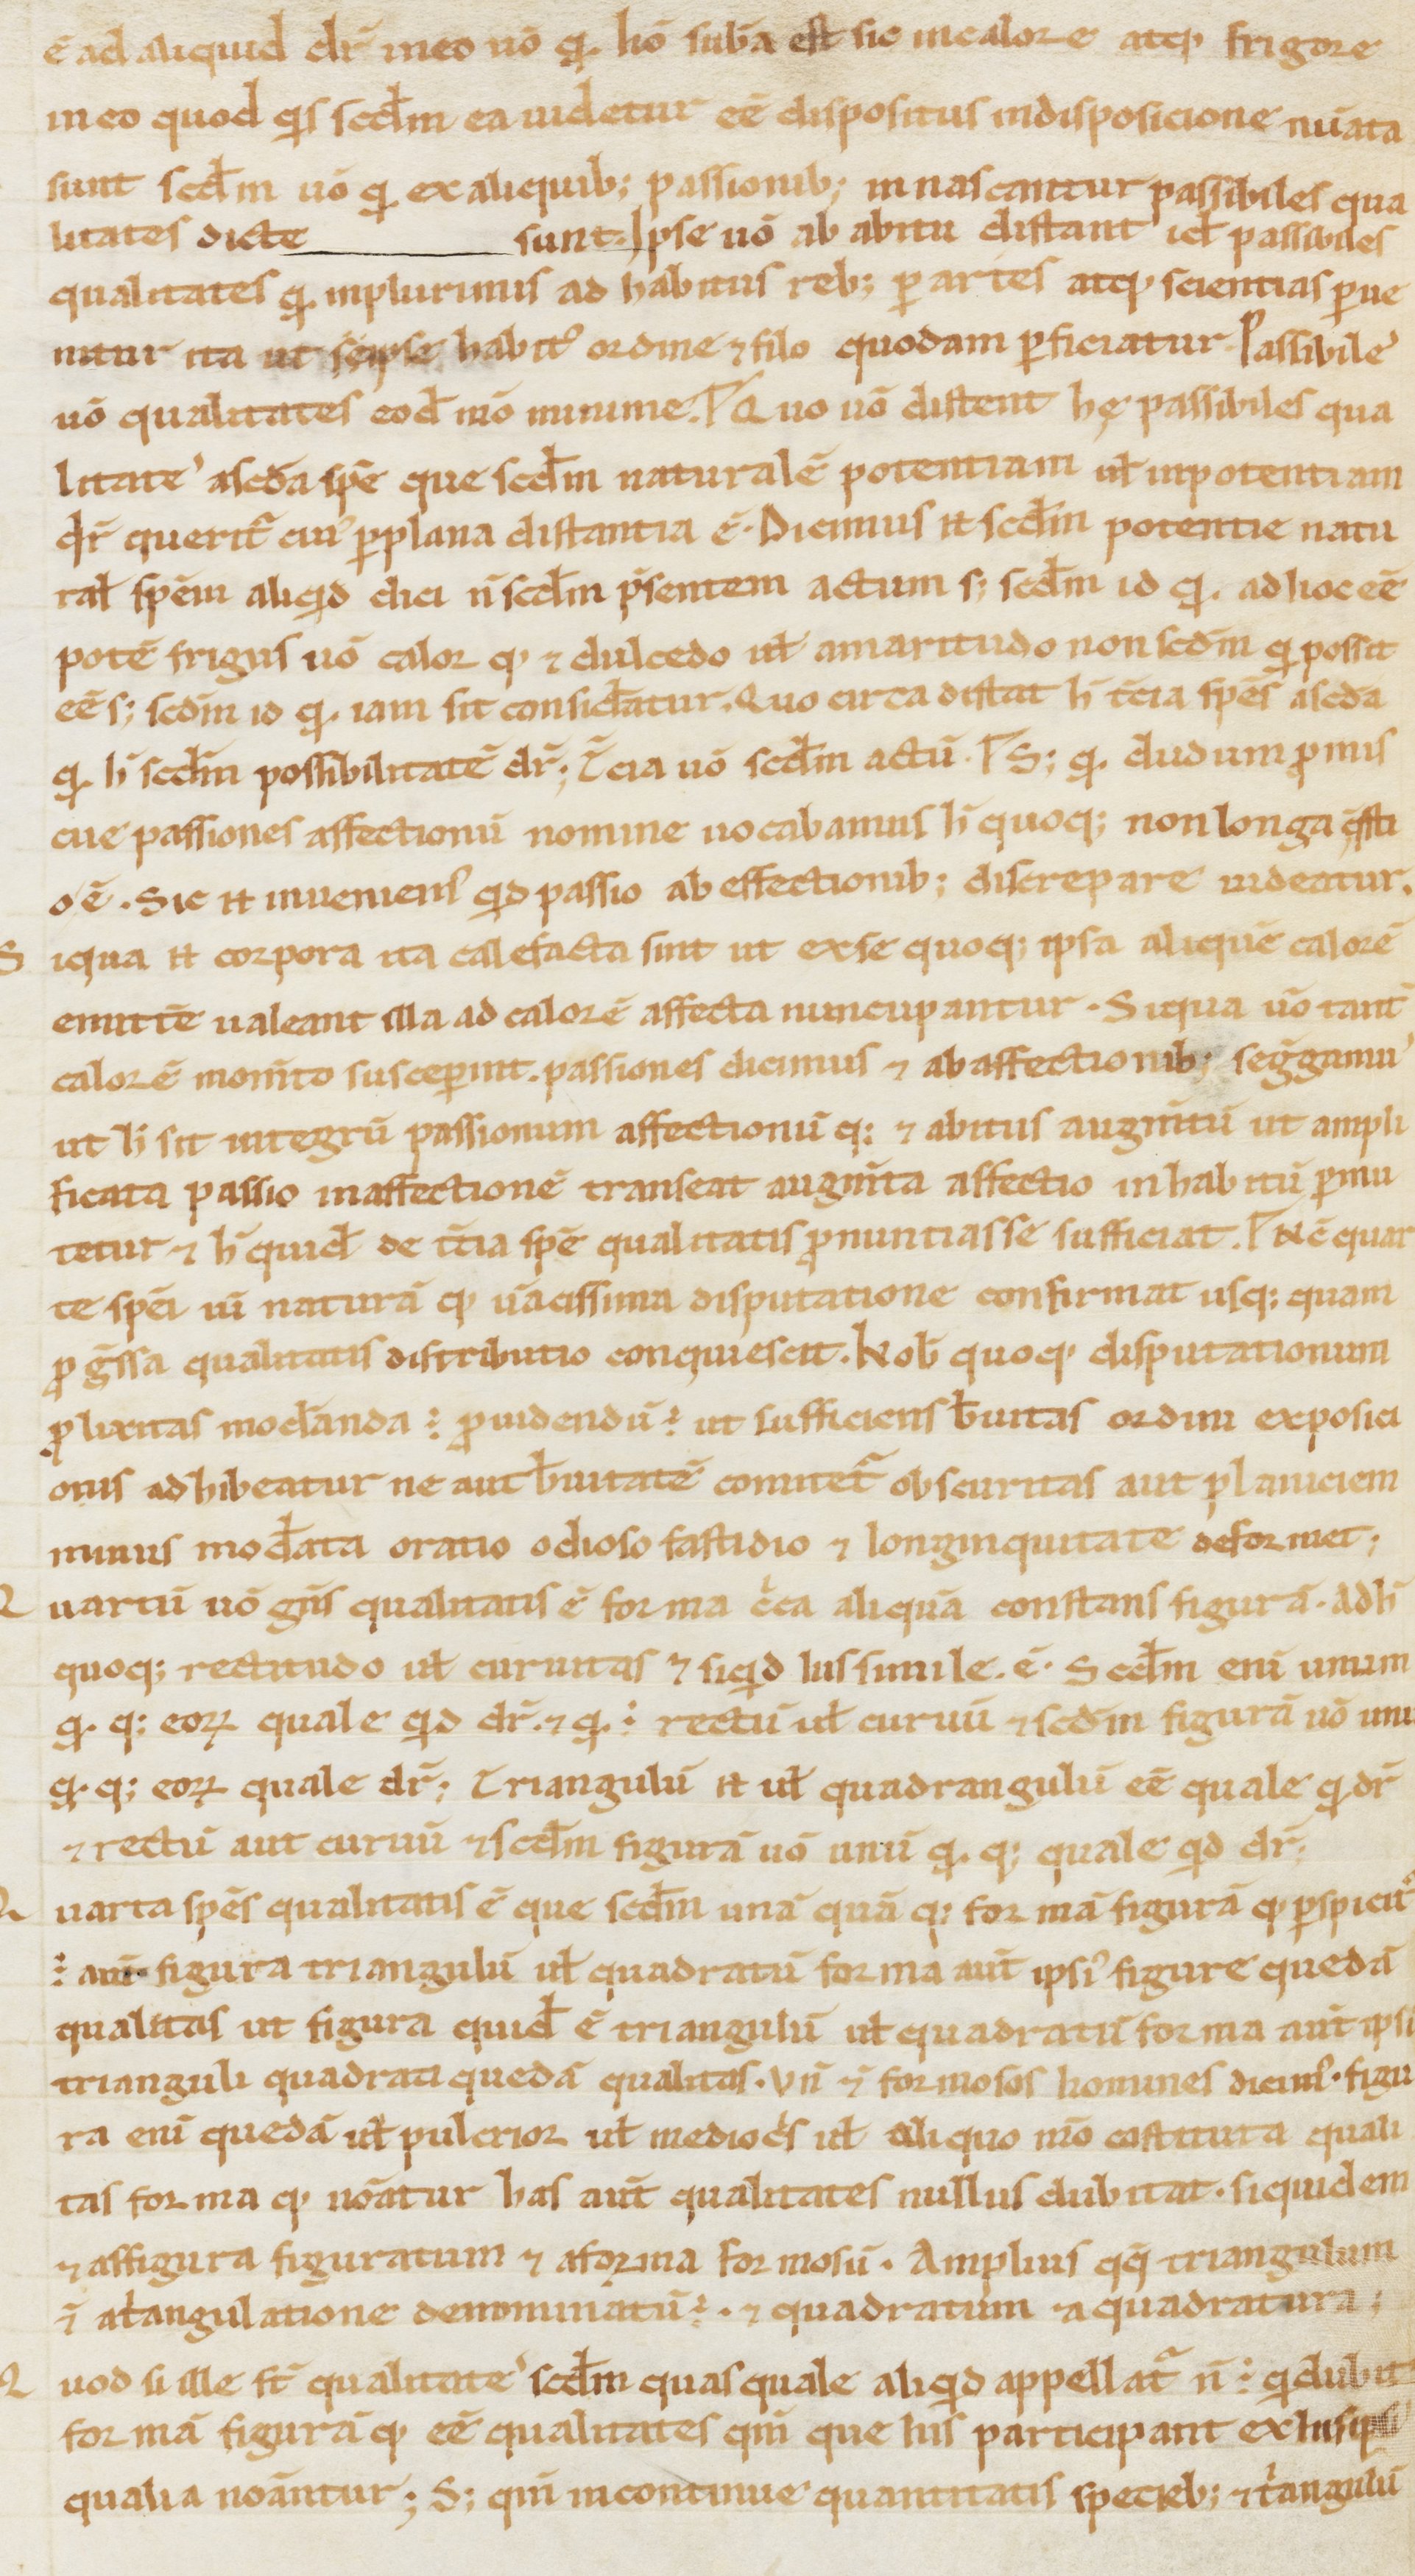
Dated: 1000–1199